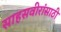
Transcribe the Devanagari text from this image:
साहसवीरांसाठी